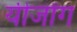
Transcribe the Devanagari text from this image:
यीजोंग